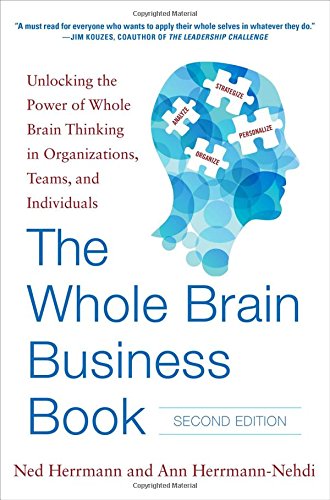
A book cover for The Whole Brain Business Book, Second Edition: Unlocking the Power of Whole Brain Thinking in Organizations, Teams, and Individuals; Ned Herrmann; Business & Money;